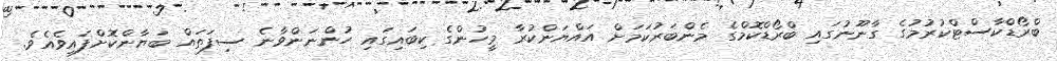
ބްރޯޑްކާސްޓްކުރުމުގެ ގާނޫނުގައި ބްރޯޑްކޮމްގެ މެންބަރުކަމަށް އައްޔަންކުރާ މީހުންގެ ކިބައިގައި ހުންނަންވާނެ ސިފަތައް ބަޔާންކޮށްފައިވެއެވެ.